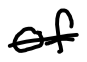
Text: of
Cross-out: single-line
Writing tool: digital_black